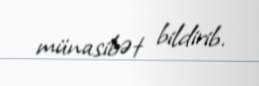
münasibət bildirib.